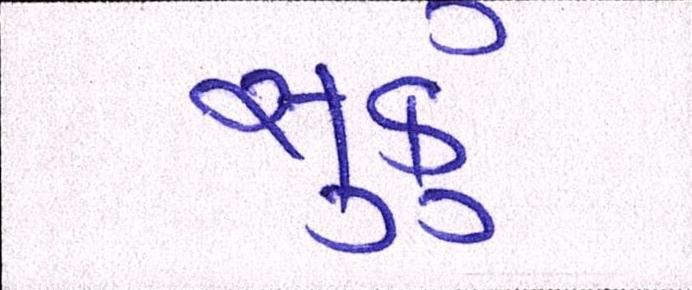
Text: સુકું